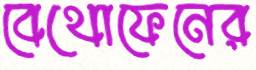
বেথোফেনের